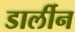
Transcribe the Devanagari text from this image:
डार्लीन